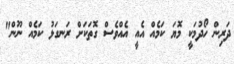
ދަރިން ހޯދުމަކީ މޮޔަ ކަމެއް އެއީ އެއްވެސް ގޮތަކަށް ރަނގަޅު ކަމެއް ނޫން"